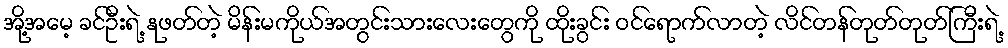
အို့အမေ့ ခင်ဦးရဲ့ နုဖတ်တဲ့ မိန်းမကိုယ်အတွင်းသားလေးတွေကို ထိုးခွင်း ဝင်ရောက်လာတဲ့ လိင်တန်တုတ်တုတ်ကြီးရဲ့